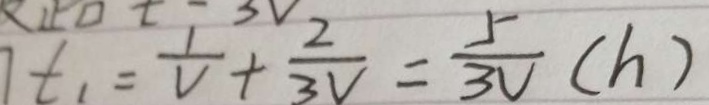
t _ { 1 } = \frac { 1 } { V } + \frac { 2 } { 3 V } = \frac { 5 } { 3 V } ( h )